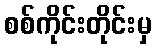
စစ်ကိုင်းတိုင်းမှ